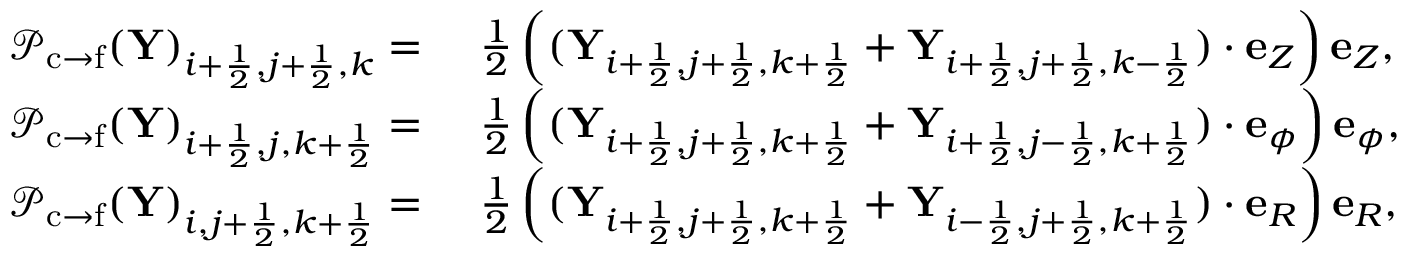
\begin{array} { r l } { { \mathcal { P } } _ { \mathrm { c \rightarrow f } } ( \mathbf { Y } ) _ { i + \frac { 1 } { 2 } , j + \frac { 1 } { 2 } , k } = } & { ~ \frac { 1 } { 2 } \left( ( \mathbf { Y } _ { i + \frac { 1 } { 2 } , j + \frac { 1 } { 2 } , k + \frac { 1 } { 2 } } + \mathbf { Y } _ { i + \frac { 1 } { 2 } , j + \frac { 1 } { 2 } , k - \frac { 1 } { 2 } } ) \cdot \mathbf { e } _ { Z } \right) \mathbf { e } _ { Z } , } \\ { { \mathcal { P } } _ { \mathrm { c \rightarrow f } } ( \mathbf { Y } ) _ { i + \frac { 1 } { 2 } , j , k + \frac { 1 } { 2 } } = } & { ~ \frac { 1 } { 2 } \left( ( \mathbf { Y } _ { i + \frac { 1 } { 2 } , j + \frac { 1 } { 2 } , k + \frac { 1 } { 2 } } + \mathbf { Y } _ { i + \frac { 1 } { 2 } , j - \frac { 1 } { 2 } , k + \frac { 1 } { 2 } } ) \cdot \mathbf { e } _ { \phi } \right) \mathbf { e } _ { \phi } , } \\ { { \mathcal { P } } _ { \mathrm { c \rightarrow f } } ( \mathbf { Y } ) _ { i , j + \frac { 1 } { 2 } , k + \frac { 1 } { 2 } } = } & { ~ \frac { 1 } { 2 } \left( ( \mathbf { Y } _ { i + \frac { 1 } { 2 } , j + \frac { 1 } { 2 } , k + \frac { 1 } { 2 } } + \mathbf { Y } _ { i - \frac { 1 } { 2 } , j + \frac { 1 } { 2 } , k + \frac { 1 } { 2 } } ) \cdot \mathbf { e } _ { R } \right) \mathbf { e } _ { R } , } \end{array}